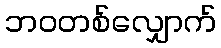
ဘဝတစ်လျှောက်